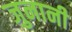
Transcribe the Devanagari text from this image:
जुनानी